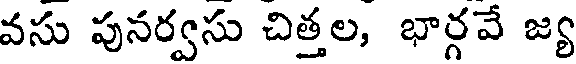
వసు పునర్వసు చిత్తల, భార్గవే జ్య